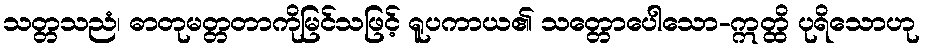
သတ္တသညံ၊ ဓာတုမတ္တတာကိုမြင်သဖြင့် ရူပကာယ၏ သတ္တောပေါသော-ဣတ္ထိ ပုရိသောဟု